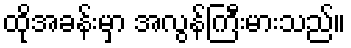
ထိုအခန်းမှာ အလွန်ကြီးမားသည်။